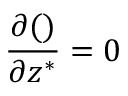
\frac { \partial { ( ) } } { \partial { z ^ { * } } } = 0